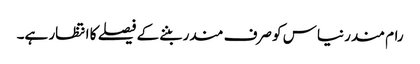
رام مندر نیاس کو صرف مندر بننے کے فیصلے کا انتظار ہے۔